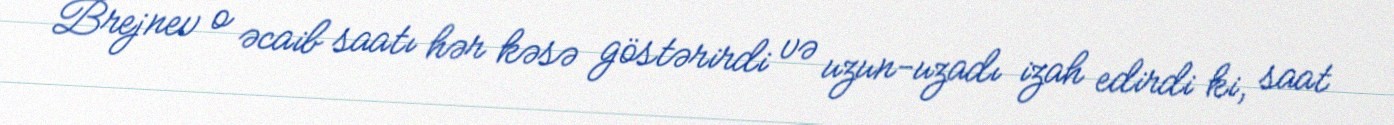
Brejnev o əcaib saatı hər kəsə göstərirdi və uzun-uzadı izah edirdi ki, saat